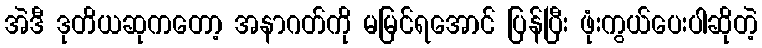
အဲဒီ ဒုတိယဆုကတော့ အနာဂတ်ကို မမြင်ရအောင် ပြန်ပြီး ဖုံးကွယ်ပေးပါဆိုတဲ့